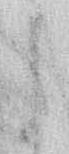
ら